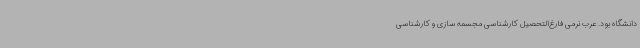
دانشگاه بود. عرب نرمی فارغ‌التحصیل کارشناسی مجسمه سازی و کارشناسی